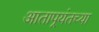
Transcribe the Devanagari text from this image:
आतापर्‍यंतच्या